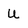
Character: U